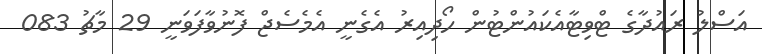
އަސްލު ރައުދާގެ ޓްވިޓާއެކައުންޓުން ހޯދިއިރު އެގެނީ އެމެސެޖް ފޮނުވާފަވަނީ 29 މާޗު 083